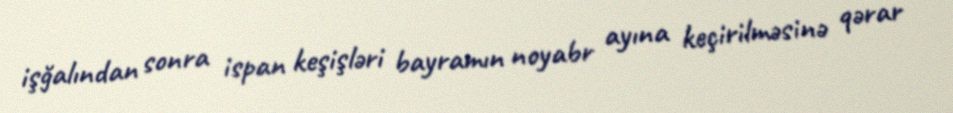
işğalından sonra ispan keşişləri bayramın noyabr ayına keçirilməsinə qərar